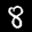
Label: 8